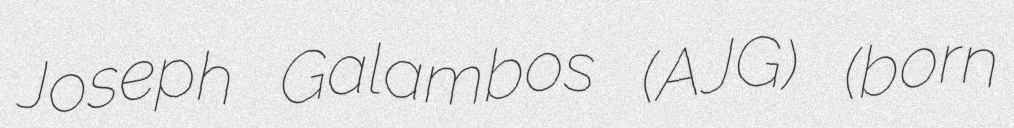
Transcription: Joseph Galambos (AJG) (born